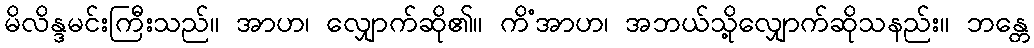
မိလိန္ဒမင်းကြီးသည်။ အာဟ၊ လျှောက်ဆို၏။ ကိံအာဟ၊ အဘယ်သို့လျှောက်ဆိုသနည်း။ ဘန္တေ